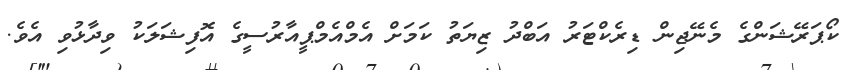
ކޯޕަރޭޝަންގެ މެނޭޖިން ޑިރެކްޓަރު އަބްދު ޒިޔަތު ކަމަށް އެމްއެމްޕީއާރުސީގެ އޮފިޝަލަކު ވިދާޅުވި އެވެ.